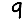
Digit: 9